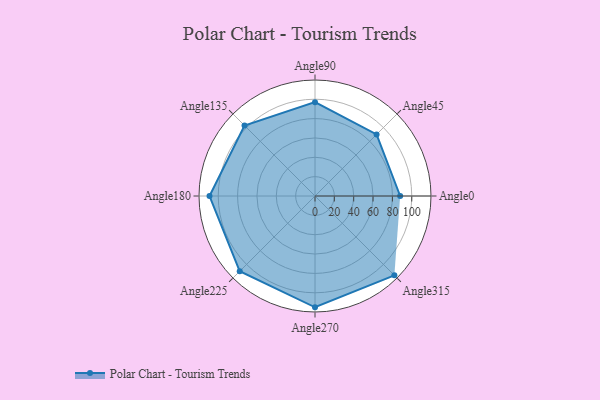
{"axis": {"x": "Angle", "y": "Radius"}, "legend": [""], "data": [{"x": "Angle0", "y": 88.0, "type": ""}, {"x": "Angle45", "y": 90.0, "type": ""}, {"x": "Angle90", "y": 97.0, "type": ""}, {"x": "Angle135", "y": 103.0, "type": ""}, {"x": "Angle180", "y": 109.0, "type": ""}, {"x": "Angle225", "y": 110.0, "type": ""}, {"x": "Angle270", "y": 115.0, "type": ""}, {"x": "Angle315", "y": 116.0, "type": ""}]}